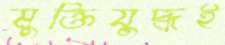
মুক্তিযুদ্ধই